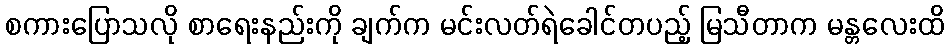
စကားပြောသလို စာရေးနည်းကို ချက်က မင်းလတ်ရဲခေါင်တပည့် မြသီတာက မန္တလေးထိ